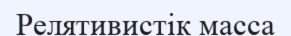
Релятивистік масса